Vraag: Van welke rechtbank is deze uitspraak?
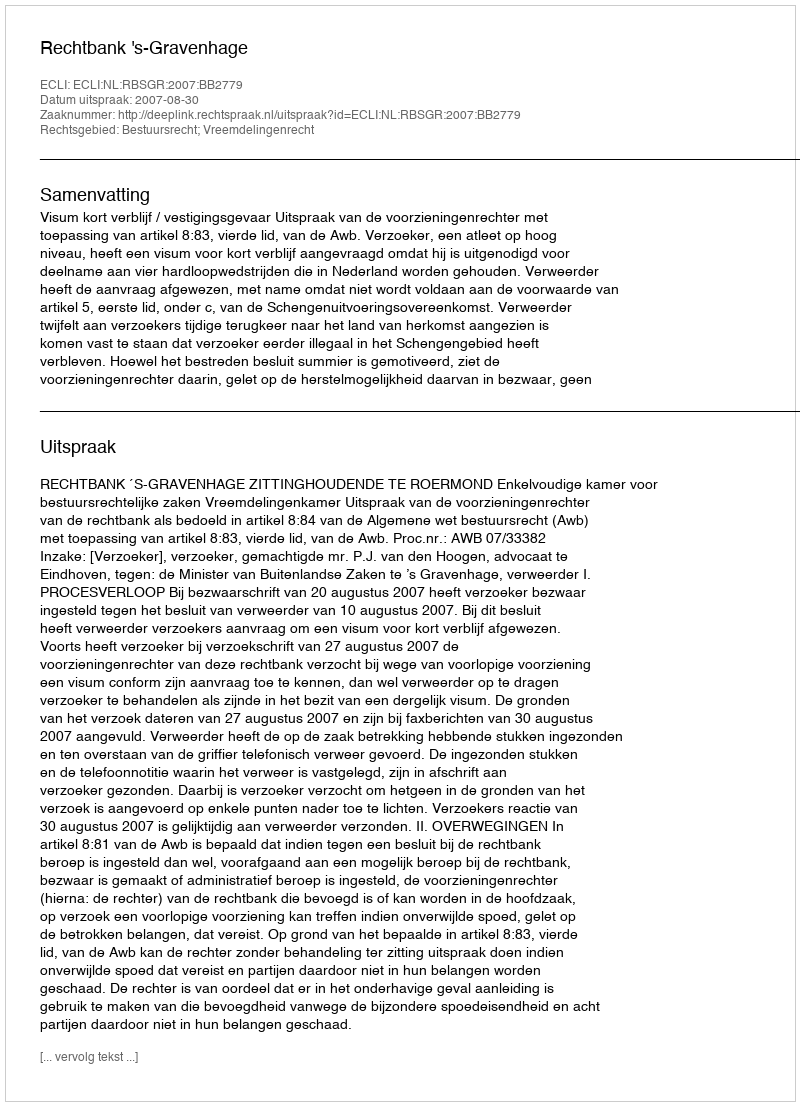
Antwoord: Rechtbank 's-Gravenhage